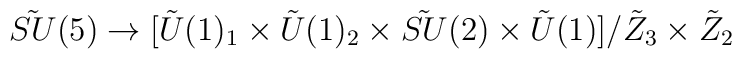
{\tilde {SU}}(5)\rightarrow[ {\tilde U}(1)_1\times {\tilde U}(1)_2 \times{\tilde {SU}}(2)\times {\tilde U}(1) ]/{\tilde Z}_3\times {\tilde Z}_2\nonumber